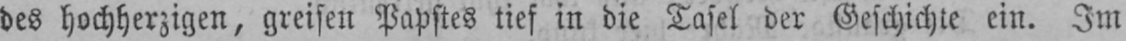
des hochherzigen, greisen Papstes tief in die Tafel der Geschichte ein. Im